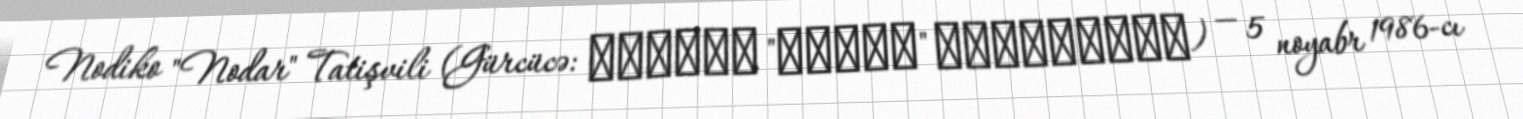
Nodiko "Nodar" Tatişvili (Gürcücə: ნოდიკო "ნოდარ" თათიშვილი) — 5 noyabr 1986-cı